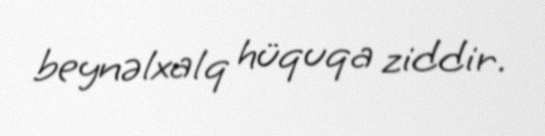
beynəlxalq hüquqa ziddir.